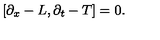
\left[ \partial _ { x } - L , \partial _ { t } - T \right] = 0 .